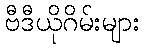
ဗီဒီယိုဂိမ်းများ